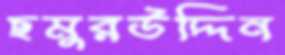
ছমুরউদ্দিন